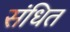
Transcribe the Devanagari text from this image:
संधित